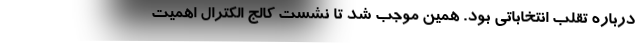
درباره تقلب انتخاباتی بود. همین موجب شد تا نشست کالج الکترال اهمیت